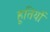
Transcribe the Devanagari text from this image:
हूतियों